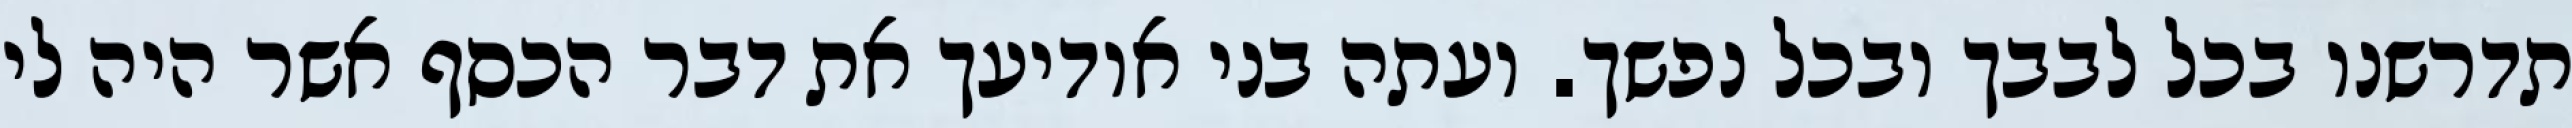
תדרשנו בכל לבבך ובכל נפשך. ועתה בני אודיעך את דבר הכסף אשר היה לי